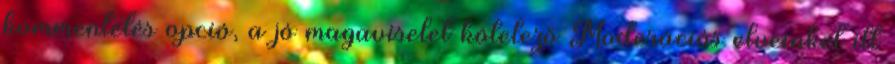
kommentelés opció, a jó magaviselet kötelező Moderációs elveinket itt